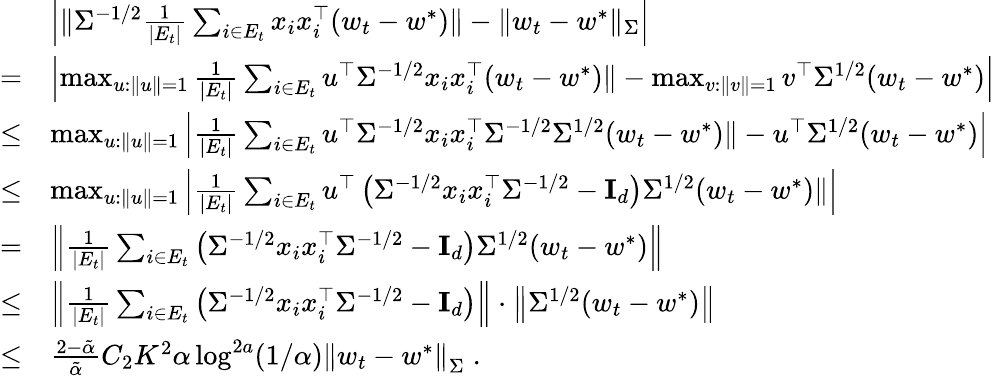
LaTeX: \begin{array}{rl}&{\left|\| \Sigma^{-1/2}\frac{1}{|E_{t}|}\sum_{i\in E_{t}}x_{i}x_{i}^{\top}(w_{t}-w^{*})\| -\| w_{t}-w^{*}\| _{\Sigma}\right|}\\ {=}&{\left|\operatorname*{max}_{u:\| u\| =1}\frac{1}{|E_{t}|}\sum_{i\in E_{t}}u^{\top}\Sigma^{-1/2}x_{i}x_{i}^{\top}(w_{t}-w^{*})\| -\operatorname*{max}_{v:\| v\| =1}v^{\top}\Sigma^{1/2}(w_{t}-w^{*})\right|}\\ {\leq}&{\operatorname*{max}_{u:\| u\| =1}\left|\frac{1}{|E_{t}|}\sum_{i\in E_{t}}u^{\top}\Sigma^{-1/2}x_{i}x_{i}^{\top}\Sigma^{-1/2}\Sigma^{1/2}(w_{t}-w^{*})\| -u^{\top}\Sigma^{1/2}(w_{t}-w^{*})\right|}\\ {\leq}&{\operatorname*{max}_{u:\| u\| =1}\left|\frac{1}{|E_{t}|}\sum_{i\in E_{t}}u^{\top}\left(\Sigma^{-1/2}x_{i}x_{i}^{\top}\Sigma^{-1/2}-\mathbf{I}_{d}\right)\Sigma^{1/2}(w_{t}-w^{*})\| \right|}\\ {=}&{\left\| \frac{1}{|E_{t}|}\sum_{i\in E_{t}}\left(\Sigma^{-1/2}x_{i}x_{i}^{\top}\Sigma^{-1/2}-\mathbf{I}_{d}\right)\Sigma^{1/2}(w_{t}-w^{*})\right\| }\\ {\leq}&{\left\| \frac{1}{|E_{t}|}\sum_{i\in E_{t}}\left(\Sigma^{-1/2}x_{i}x_{i}^{\top}\Sigma^{-1/2}-\mathbf{I}_{d}\right)\right\| \cdot\left\| \Sigma^{1/2}(w_{t}-w^{*})\right\| }\\ {\leq}&{\frac{2-\tilde{\alpha}}{\tilde{\alpha}}C_{2}K^{2}\alpha\log^{2a}(1/\alpha)\left\| w_{t}-w^{*}\right\| _{\Sigma}\; .}\end{array}